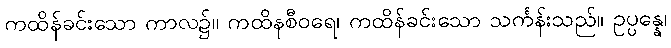
ကထိန်ခင်းသော ကာလ၌။ ကထိနစီဝရေ၊ ကထိန်ခင်းသော သင်္ကန်းသည်။ ဥပ္ပန္နေ၊